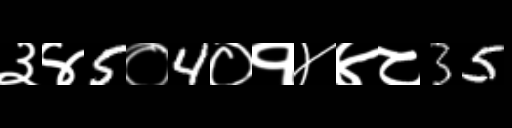
Text: ३४5०4०१४४८35